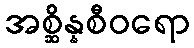
အစ္ဆိန္နစီဝရော